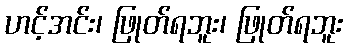
ဟင့်အင်း၊ ဖြုတ်ရဘူး၊ ဖြုတ်ရဘူး